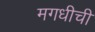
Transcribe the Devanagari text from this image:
मगधीची